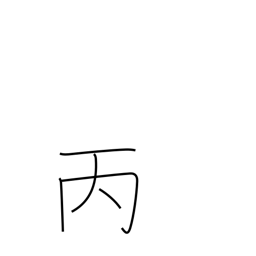
Meaning: 3rd